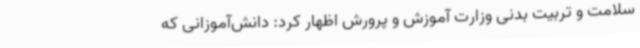
سلامت و تربیت بدنی وزارت آموزش و پرورش اظهار کرد: دانش‌آموزانی که